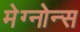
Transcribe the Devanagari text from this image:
मेग्नोन्स